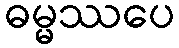
ဓမ္မဿပေ